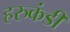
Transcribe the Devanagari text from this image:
हरुकंडी